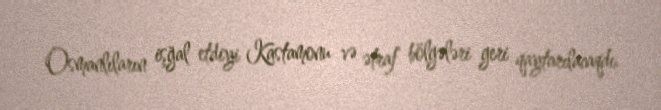
Osmanlıların işğal etdiyi Kastamonu və ətraf bölgələri geri qaytarılacaqdı.